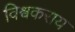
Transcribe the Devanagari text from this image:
विश्वकराय